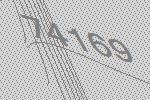
74169